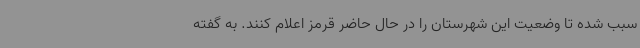
سبب شده تا وضعیت این شهرستان را در حال حاضر قرمز اعلام کنند. به گفته